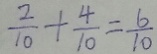
\frac { 2 } { 1 0 } + \frac { 4 } { 1 0 } = \frac { 6 } { 1 0 }